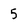
Character: 5